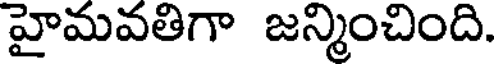
హైమవతిగా జన్మించింది.